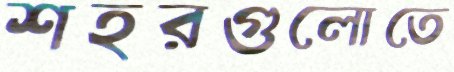
শহরগুলোতে